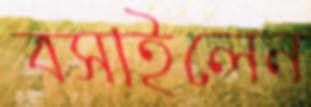
বসাইলেন